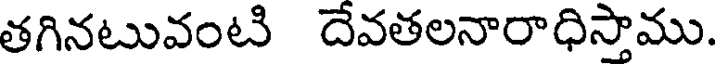
తగినటువంటి దేవతలనారాధిస్తాము.